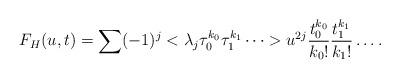
LaTeX: \begin{align*}F_H(u,t)=\sum (-1)^j <\lambda_j \tau_0^{k_0}\tau_1^{k_1}\dots>u^{2j} \frac{t_0^{k_0}}{k_0!}\frac{t_1^{k_1}}{k_1!}\dots.\end{align*}